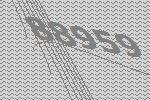
88959